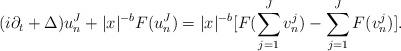
LaTeX: \begin{align*} (i\partial_t+\Delta)u_{n}^J+|x|^{-b}F(u_n^J)=|x|^{-b}[F(\sum_{j=1}^Jv_n^j)-\sum_{j=1}^JF(v_n^j)]. \end{align*}